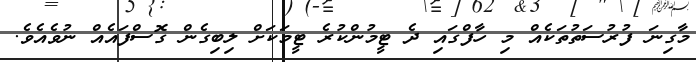
މާގިނަ ފުރުސަތުތަކެއް މި ހާފްގައި ދެ ޓީމުންކުރެ ޓީމަކަށް ލިބިގެން ގޮސްފައެއް ނުވެއެވެ.